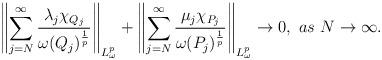
LaTeX: \begin{align*}\left \|\sum\limits_{j=N}^{\infty}\frac{\lambda_j \chi_{Q_j}}{\omega(Q_j)^{\frac{1}{p}}}\right \|_{L_{\omega}^{p}}+\left \|\sum\limits_{j=N}^{\infty}\frac{\mu_j \chi_{P_j}}{\omega(P_j)^{\frac{1}{p}}}\right \|_{L_{\omega}^{p}}\to0,\ as\ N\to\infty.\end{align*}